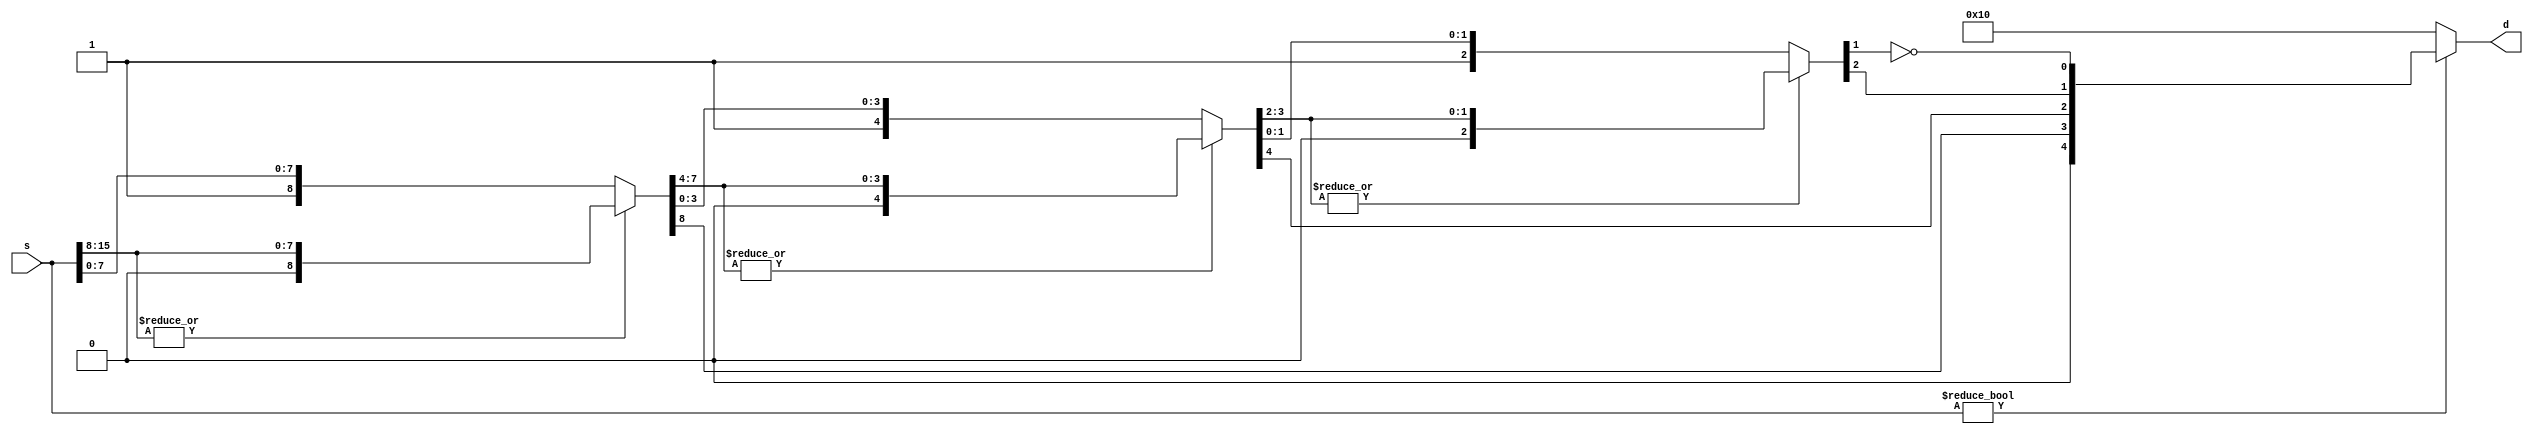
/*
Notes:
	VMEM0: Instruction Memory
	VMEM1: Data Memory
	VMEM2: 16-bit lookup table
	VMEM3: 8-bit lookup table
	VMEM4: Inverse float lookup table

*/

//Change these to switch between CGI and iVerilog
//Uncomment for CGI, comment for Icarus
/*
`define LOADTEXT	$readmemh0(text)
`define LOADDATA	$readmemh1(data)
`define LOAD16		$readmemh2(table16)
`define LOAD8		$readmemh3(table8)
`define LOADINVF	$readmemh4(look)
`define DUMP		$dumpfile
*/

//Uncomment for Icarus, comment for CGI
`define LOADTEXT	$readmemh("text.vmem", text)
`define LOADDATA	$readmemh("data.vmem", data)
`define LOAD16		$readmemh("posit1624.vmem", table16)
`define LOAD8		$readmemh("posit840.vmem", table8)
`define LOADINVF	$readmemh("invF.vmem", look)
`define DUMP		$dumpfile("gr8bond.vcd")

//sizes
`define OPSIZE		[3:0]
`define WORD        [15:0]
`define NUMREGS     [15:0]
`define MEMSIZE 	[0:65535]
`define STATE       [3:0]
`define FCNSTATE	[3:0]

//data parts of the instruction
`define OPCODELOC	[15:12]
`define FCNCODELOC  [11:8]
`define RDLOC 		[3:0]
`define RSLOC 		[7:4]	
`define IMMEDIATELOC	[11:4]

//WHAT REGISTERS ARE WHAT
`define AT          [11]
`define RV          [12]
`define RA          [13]
`define FP          [14]
`define SP          [15]

//OP CODES
`define OPbz		4'he
`define OPbnz		4'hf
`define OPci8		4'hb  //use rd
`define OPcii		4'hc  //use rd
`define OPcup		4'hd  //use rd
`define OPINTS		4'h7  //use rd
`define OPPOSITS	4'h6  //use rd
`define OPBITWISE	4'h5  //use rd
`define OPMEM		4'h4  
`define OPANYNEG    4'h3  //use rd
`define OPCONVERT	4'h2  //use rd
`define OPOTHER		4'h1
`define OPtrap		4'h0

//FCN CODES
//OPINTS
`define FCNaddi		4'h0
`define FCNaddii	4'h1
`define FCNmuli		4'h2
`define FCNmulii	4'h3
`define FCNshi		4'h4
`define FCNshii 	4'h5
`define FCNslti		4'h6
`define FCNsltii	4'h7
`define FCNdup		4'h8
//OPPOSITS
`define FCNaddf		4'h0
`define FCNaddpp	4'h1
`define FCNmulf		4'h2
`define FCNmulpp	4'h3

//OPBITWISE
`define FCNand		4'h0
`define FCNor 		4'h1
`define FCNxor		4'h2
//OPMEM
`define FCNld		4'h0  
`define FCNst		4'h1 //use rd
//OPANYNEG
`define FCNanyi     4'h0
`define FCNanyii	4'h1
`define FCNnegi		4'h2
`define FCNnegii	4'h3
//OPCONVERT
`define FCNi2f		4'h0
`define FCNii2pp	4'h1
`define FCNf2i		4'h2
`define FCNpp2ii	4'h3
`define FCNinvf		4'h4
`define FCNinvpp	4'h5
`define FCNf2pp		4'h6
`define FCNpp2f		4'h7
`define FCNnegf		4'h8
//OPOTHER
`define FCNnot		4'h0  //use rd
`define FCNjr		4'h1

//STATES
`define NOP  		4'ha

//Floating Point Stuff
//Field Definitions
`define	INT			signed [15:0]	// integer size
`define FLOAT		[15:0]
`define FEXP		[14:7]	// exponent
`define FFRAC		[6:0]	// fractional part (leading 1 implied)
`define FSIGN		[15]	// sign bit

// Constants
`define	FZERO	16'b0	  // float 0
`define F32767  16'h46ff  // closest approx to 32767, actually 32640
`define F32768  16'hc700  // -32768

`define HighBits	[15:8]
`define LowBits		[7:0]


// Count leading zeros, 16-bit (5-bit result) d=lead0s(s)
module lead0s(d, s);
	output wire [4:0] d;
	input wire `WORD s;
	wire [4:0] t;
	wire [7:0] s8;
	wire [3:0] s4;
	wire [1:0] s2;
	assign t[4] = 0;
	assign {t[3],s8} = ((|s[15:8]) ? {1'b0,s[15:8]} : {1'b1,s[7:0]});
	assign {t[2],s4} = ((|s8[7:4]) ? {1'b0,s8[7:4]} : {1'b1,s8[3:0]});
	assign {t[1],s2} = ((|s4[3:2]) ? {1'b0,s4[3:2]} : {1'b1,s4[1:0]});
	assign t[0] = !s2[1];
	assign d = (s ? t : 16);
endmodule

// Float set-less-than, 16-bit (1-bit result) torf=a<b
module fslt(torf, a, b);
output wire torf;
input wire `FLOAT a, b;
assign torf = (a `FSIGN && !(b `FSIGN)) ||
	      (a `FSIGN && b `FSIGN && (a[14:0] > b[14:0])) ||
	      (!(a `FSIGN) && !(b `FSIGN) && (a[14:0] < b[14:0]));
endmodule

// Floating-point addition, 16-bit r=a+b
module fadd(r, a, b);
	output wire `FLOAT r;
	input wire `FLOAT a, b;
	wire `FLOAT s;
	wire [8:0] sexp, sman, sfrac;
	wire [7:0] texp, taman, tbman;
	wire [4:0] slead;
	wire ssign, aegt, amgt, eqsgn;
	assign r = ((a == 0) ? b : ((b == 0) ? a : s));
	assign aegt = (a `FEXP > b `FEXP);
	assign texp = (aegt ? (a `FEXP) : (b `FEXP));
	assign taman = (aegt ? {1'b1, (a `FFRAC)} : ({1'b1, (a `FFRAC)} >> (texp - a `FEXP)));
	assign tbman = (aegt ? ({1'b1, (b `FFRAC)} >> (texp - b `FEXP)) : {1'b1, (b `FFRAC)});
	assign eqsgn = (a `FSIGN == b `FSIGN);
	assign amgt = (taman > tbman);
	assign sman = (eqsgn ? (taman + tbman) : (amgt ? (taman - tbman) : (tbman - taman)));
	lead0s m0(slead, {sman, 7'b0});
	assign ssign = (amgt ? (a `FSIGN) : (b `FSIGN));
	assign sfrac = sman << slead;
	assign sexp = (texp + 1) - slead;
	assign s = (sman ? (sexp ? {ssign, sexp[7:0], sfrac[7:1]} : 0) : 0);
endmodule


// Floating-point multiply, 16-bit r=a*b
module fmul(r, a, b);
	output wire `FLOAT r;
	input wire `FLOAT a, b;
	wire [15:0] m; // double the bits in a fraction, we need high bits
	wire [7:0] e;
	wire s;
	assign s = (a `FSIGN ^ b `FSIGN);
	assign m = ({1'b1, (a `FFRAC)} * {1'b1, (b `FFRAC)});
	assign e = (((a `FEXP) + (b `FEXP)) -127 + m[15]);
	assign r = (((a == 0) || (b == 0)) ? 0 : (m[15] ? {s, e, m[14:8]} : {s, e, m[13:7]}));
endmodule

// Floating-point reciprocal, 16-bit r=1.0/a
// Note: requires initialized inverse fraction lookup table
module frecip(r, a);
	output wire `FLOAT r;
	input wire `FLOAT a;
	reg [6:0] look[127:0];
	initial `LOADINVF;
	assign r `FSIGN = a `FSIGN;
	assign r `FEXP = 253 + (!(a `FFRAC)) - a `FEXP;
	assign r `FFRAC = look[a `FFRAC];
endmodule

// Float to integer conversion, 16 bit
// Note: out-of-range values go to -32768 or 32767
module f2i(i, f);
	output wire `INT i;
	input wire `FLOAT f;
	wire `FLOAT ui;
	wire tiny, big;
	fslt m0(tiny, f, `F32768);
	fslt m1(big, `F32767, f);
	assign ui = {1'b1, f `FFRAC, 16'b0} >> ((128+22) - f `FEXP);
	assign i = (tiny ? 0 : (big ? 32767 : (f `FSIGN ? (-ui) : ui)));
endmodule

// Integer to float conversion, 16 bit
module i2f(f, i);
output wire `FLOAT f;
input wire `INT i;
wire [4:0] lead;
wire `WORD pos;
assign pos = (i[15] ? (-i) : i);
lead0s m0(lead, pos);
assign f `FFRAC = (i ? ({pos, 8'b0} >> (16 - lead)) : 0);
assign f `FSIGN = i[15];
assign f `FEXP = (i ? (128 + (14 - lead)) : 0);
endmodule

module fpu(rd,rs,op,fn,fpuOut);
	input `WORD rd;
	input wire `WORD rs;
	input wire `OPSIZE op, fn;
	output wire `WORD fpuOut;
	wire `WORD addfOut, invfOut, f2iOut, i2fOut, mulfOut;
	
	reg [23:0] table16[65535:0];
	reg [39:0] table8[255:0];
	initial begin
		`LOAD16;
		`LOAD8;
	end
	
	
	reg `WORD out;
	assign fpuOut = out;
	
	fmul mulf(mulfOut, rd, rs);
	fadd addf(addfOut, rd, rs);
	frecip invf(invfOut, rd);
	f2i fl2int(f2iOut, rd);
	i2f int2fl(i2fOut, rd);
	
	
/*	
`define FCNi2f		4'h0
`define FCNii2pp	4'h1
`define FCNf2i		4'h2
`define FCNpp2ii	4'h3
`define FCNinvf		4'h4
`define FCNinvpp	4'h5
`define FCNf2pp		4'h6
`define FCNpp2f		4'h7

//OPPOSITS
`define FCNaddf		4'h0
`define FCNaddpp	4'h1
`define FCNmulf		4'h2
`define FCNmulpp	4'h3
*/
	always @* begin
		case(op)
		`OPPOSITS:
			case (fn)
			//Math
			// commented out 16-bit table usage, as it causes INSANE compile times. Approx. 2 minutes with 1 item enabled, 6 minutes when 2 of the 3 items are enabled, and about 9 when all three are enabled.
			/*
			`FCNaddpp: 
				begin 
					out`HighBits = table16[{rd`HighBits,rs`HighBits}][23:16];
					out`LowBits = table16[{rd`LowBits,rs`LowBits}] [23:16];
					#1$display("addpp %h, %h = %h",rd,rs,out);
				end
				
			
			`FCNmulpp: 
				begin
					out`HighBits = table16[{rd`HighBits,rs`HighBits}][15:8];
					out`LowBits = table16[{rd`LowBits,rs`LowBits}] [15:8];
					#1$display("mulpp %h, %h = %h",rd,rs,out);
				end
			*/	
			`FCNaddf:
				begin
					out = addfOut;
					#1$display("addf %h, %h = %h",rd,rs,out);
				end
			`FCNmulf:
				begin
					out = mulfOut;
					#1$display("mulf %h, %h = %h",rd,rs,out);
				end
			`FCNnegf: 
				begin
					// negate MSB of rd and concatenate with rest of rd
					out = {~rd[15], rd[14:0]};
					#1$display("negf %h = %h",rd,out);
				end
			`FCNinvf: 
				begin
					out = invfOut;
					#1$display("invf %h = %h",rd,out);
				end
			`FCNinvpp: 
				begin
					out = {table8[rd `HighBits][39:32], table8[rd `LowBits][39:32]};
					#1$display("invpp %h, %h = %h",rd,rs,out);
				end
			endcase
				
			//Conversion
		`OPCONVERT:
			case(fn)
			/*
			`FCNf2pp: 
				begin
					out`HighBits = table16[rd][7:0];
					out`LowBits = table16[rd][7:0];
					#1$display("f2pp %h, %h = %h",rd,rs,out);
				end
			*/
			`FCNf2i: 
				begin 
					out = f2iOut;
					#1$display("f2i %h = %h",rd,out);
				end
			`FCNi2f: 
				begin
					out = i2fOut;
					#1$display("i2f %h = %h",rd,out);
				end
			`FCNii2pp: 
				begin
					out = {table8[rd `HighBits][7:0], table8[rd `LowBits][7:0]};
					#1$display("ii2pp %h = %h",rd,out);
				end
			`FCNpp2f: 
				begin
					out = table8[rd `LowBits][31:16];
					#1$display("pp2f %h = %h",rd,out);
				end
			`FCNpp2ii: 
				begin
					out = {table8[rd `HighBits][15:8], table8[rd `LowBits][15:8]};
					#1$display("pp2ii %h = %h",rd,out);
				end
			endcase
		endcase
	end
	
endmodule


module processor(output reg halted, input reset, input clk);

reg `WORD text `MEMSIZE; // instruction memory
reg `WORD data `MEMSIZE; // data memory
reg `WORD registers `NUMREGS;
reg `WORD address; // address to jump or branch to
reg jump; //are we jumping or branchigng?
reg `WORD instructionReg0, instructionReg1, instructionReg2, instructionRegTemp;
reg `WORD pc0, pc1;
reg `WORD target, result;
reg `WORD rd, rs;
wire pendPC;
wire stall;
reg goingToHalt;
wire `WORD fpuOut;

fpu myfpu(rd, rs, instructionReg1`OPCODELOC,instructionReg1`FCNCODELOC, fpuOut);

function setsPC;
input `WORD inst;
setsPC = ((inst `OPCODELOC == `OPbz) ||
		  (inst `OPCODELOC == `OPbnz) ||
		  (instructionReg2 `OPCODELOC == `OPOTHER &&
	       instructionReg2 `FCNCODELOC == `FCNjr));		  
endfunction

//needs to check if we need to stall
function usesSameRD;
input `WORD inst1, inst2;
usesSameRD = (((inst1 `RDLOC == inst2 `RDLOC) || (inst1 `RDLOC == inst2 `RSLOC) || (inst1 `RSLOC == inst2 `RDLOC)) && ((inst1 `OPCODELOC != `NOP) && (inst2 `OPCODELOC != `NOP)));
endfunction

// pending PC update?
assign pendPC = (setsPC(instructionReg0) || setsPC(instructionReg1) || setsPC(instructionReg2));

assign stall = (usesSameRD(instructionReg0, instructionReg1) || usesSameRD(instructionReg0, instructionReg2));

always @ (reset) begin
  pc0 = 0;
  pc1 = 0;
  halted = 0;
  jump = 0;
  address = 0;
  goingToHalt = 0;
  instructionReg0 = 16'ha000;
  instructionReg1 = 16'ha000;
  instructionReg2 = 16'ha000;
  `LOADTEXT; 
  `LOADDATA;
end

//Stage 0: Inst. Fetch
//owns pc, instructionReg0
//needs to get the instruction and increment/pick the PC
//also needs to send nothing down the line
//if there is not a pendingPC update, pc <= pc + 1, if there is wait until 
//if we are waiting make ir == nop
//if we are halted do nothing
always @ (posedge clk) begin
	//$display("0 %b",registers[0]);
	//$display("1 %b",registers[1]);
	//$display("2 %b",registers[2]);
	//$display("3 %b",registers[3]);
	//$display("4 %b",registers[4]);
	//$display();
	if(stall == 1) begin
		instructionReg0 <= instructionReg0;
		pc0 <= pc0;
	end else begin
		if(pendPC == 1) begin
			instructionReg0 <= 16'ha000;
			pc0 <= pc0;
		end else begin
			if(jump == 1) begin
				pc0 <= address + 1;
				instructionReg0 <= text[address];
				jump <= 0;
			end else begin
				pc0 <= pc0 + 1;
				instructionReg0 <= text[pc0];
			end
		end
	end
	//$display("Stage 0: %h, %d",instructionReg0, pc0);
end

//Stage 1: Reg. Read
//owns pc1, instructionReg1, rd, rs, immediate
//needs to get the values from the regs and pull out the imm value
always @ (posedge clk) begin
	if(stall == 1) begin
		instructionReg1 <= 16'ha000;
		pc1 <= pc1;
	end else begin
		rd <= registers[instructionReg0 `RDLOC];
		rs <= registers[instructionReg0 `RSLOC];
		instructionReg1 <= instructionReg0;
		pc1 <= pc0;
	end
	//$display("Stage 1: %h, %d",instructionReg0, pc1);
end

//Stage 2: ALU/Mem
//owns result, instructionReg2, and mem block
//does math and writes to mem
always @ (posedge clk) begin
	//$display("Stage 2: %h, %d", instructionReg1, pc1);
	instructionReg2 <= instructionReg1;
	case(instructionReg1 `OPCODELOC)
    // Dummy codes
    `NOP : begin end 

    // 	Codes without functions
    `OPtrap : begin goingToHalt <= 1; end
    `OPbz : begin 
				if(rd == 0) begin
					result <= pc1 + instructionReg1 `IMMEDIATELOC - 1;
				end else begin
					result <= pc1;
				end
			end
    `OPbnz : begin 
    			$display("bnz");
				if(rd != 0) begin 
					$display("taken");
					result <= pc1 + instructionReg1 `IMMEDIATELOC - 1;
				end	else begin
					$display("not taken");
					result <= pc1;
				end
			end
/*	`OPci8 : begin if(instructionReg1 `IMMEDIATELOC[7] == 0) result[15:8] <= 8'h00;
	               else result[15:8] <= 8'hff;
				   result[7:0] <= instructionReg1 `IMMEDIATELOC; 
				    end 
*/	
	`OPcii : begin 
			result[7:0] <= instructionReg1 `IMMEDIATELOC;
		    result[15:8] <= instructionReg1 `IMMEDIATELOC;
		    $display("cii");
        end
    `OPcup : begin 
			result[15:8] <= instructionReg1 `IMMEDIATELOC;  
			#1$display("cup");
    	end
	
	
    // Codes with Functions
    `OPINTS : begin 
    			#1$display("opints");
                case(instructionReg1 `FCNCODELOC)
					`FCNaddi : begin
						$display("addi");
						result <= rd + rs; 
						 end
					`FCNaddii : begin
						$display("addii");
						result[15:8] <= rd[15:8] + rs[15:8];
						result[7:0] <= rd[7:0] + rs[7:0]; 
						 end
					`FCNmuli : begin 
						$display("muli");
						result <= rd * rs; 
						 end
					`FCNmulii : begin 
						$display("mulii");
						result[15:8] <= rd[15:8] * rs[15:8];
						result[7:0] <= rd[7:0] * rs[7:0]; 
						 end
					`FCNshi : begin 
						if(rs > 0)
							result <=  rd << rs;
						else
							result <= rd >> -rs;
						 end
					`FCNshii : begin 
						if(rs[15:8] > 0)
							result[15:8] <=  rd[15:8] << rs[15:8];
						else
							result[15:8] <= rd[15:8] >> -rs[15:8];
						if(rs[7:0] > 0)
							result[7:0] <=  rd[7:0] << rs[7:0];
						else
							result[7:0] <= rd[7:0] >> -rs[7:0];	
							end
					`FCNslti : begin 
						result <= rd < rs;
						$display("slti");
						end
					`FCNsltii : begin 
						result[15:8] <= rd[15:8] < rs[15:8];
						result[7:0] <= rd[7:0] < rs[7:0];
						$display("sltii");
						 end
					`FCNdup : begin
						result <= rs;
						$display("dup");
						end
					
					default : begin goingToHalt <= 1; end
				endcase
			  end
	
    `OPMEM : begin 
                case(instructionReg1 `FCNCODELOC)
					`FCNld : begin 
						result <= data[rs];
						 end
					`FCNst : begin 
						data[rs] <= rd;
						 end
						
					default : begin goingToHalt <= 1; end
				endcase
			 end
	
	`OPANYNEG : begin
					case(instructionReg1 `FCNCODELOC)
						`FCNanyi : begin 
							if(rd == 0)
								result <= 0;
							else result <= -1;
							 end
						`FCNanyii : begin 
							if(rd[15:8] == 0)
								result[15:8] <= 0;
							else rd[15:8] <= -1;
							if(rd[7:0] == 0)
								result[7:0] <= 0;
							else rd[7:0] <= -1;
							 end
						`FCNnegi : begin 
							$display("negi");
							result <= -rd;
							 end
						`FCNnegii : begin 
							$display("negii");
							result[15:8] <= -rd[15:8];
							result[7:0] <= -rd[7:0];
							 end
						
						default : begin goingToHalt <= 1; end
					endcase
				end
	
    `OPBITWISE : begin
					case(instructionReg1 `FCNCODELOC)
						`FCNand : begin
							result <= rd & rs; 
							 end
						`FCNor : begin 
							result <= rd | rs; 
							 end
						`FCNxor : begin
							result <= rd ^ rs; 
							 end
						
						default : begin goingToHalt <= 1; end
					endcase
				  end
	
    `OPOTHER : begin 
                    case(instructionReg1 `FCNCODELOC)
						`FCNnot : begin 
							result <= ~rd; 
							 end
						`FCNjr : begin result <= rd;  end
						 
						default : begin goingToHalt <= 1; end
					endcase

			   end

	
    `OPCONVERT : 
    	begin 
    		result <= fpuOut; 
    		$display("convert");
    	end
	`OPPOSITS : begin result <= fpuOut; end
	
	
    default : begin goingToHalt <= 1; end
    endcase
	
end
  
//Stage 3: Reg. Write
//owns address, and reg block
//writes results to registers
always @ (posedge clk) begin
	if(goingToHalt == 1) begin
		halted <= 1; end
    if(instructionReg2 `OPCODELOC == `OPbz ||
	   instructionReg2 `OPCODELOC == `OPbnz ||
	   (instructionReg2 `OPCODELOC == `OPOTHER &&
	    instructionReg2 `FCNCODELOC == `FCNjr))begin
		jump <= 1;
		address <= result;
	end else begin
		if((instructionReg2 `OPCODELOC == `OPMEM) &&
		   (instructionReg2 `FCNCODELOC == `FCNst)) begin
			
			end else begin
				registers[instructionReg2 `RDLOC] <= result;
			end
	end
end
endmodule
 
 
 
module testbench;
reg reset = 0;
reg clk = 0;
wire halt;
processor PE(halt, reset, clk);
initial begin
  `DUMP;
  $dumpvars(0, PE);
  #10 reset = 1;
  #10 reset = 0;
  while (!halt) begin
    #10 clk = 1;
    #10 clk = 0;
  end
  $finish;
end
endmodule